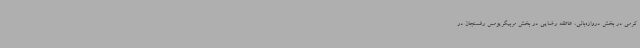
کرمی در بخش دروازه‌بانی، عاطفه رضایی در بخش مربیگریومس رفسنجان در